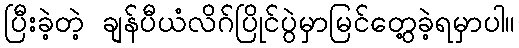
ပြီးခဲ့တဲ့ ချန်ပီယံလိဂ်ပြိုင်ပွဲမှာမြင်တွေ့ခဲ့ရမှာပါ။